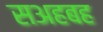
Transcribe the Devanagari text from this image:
सअहबह